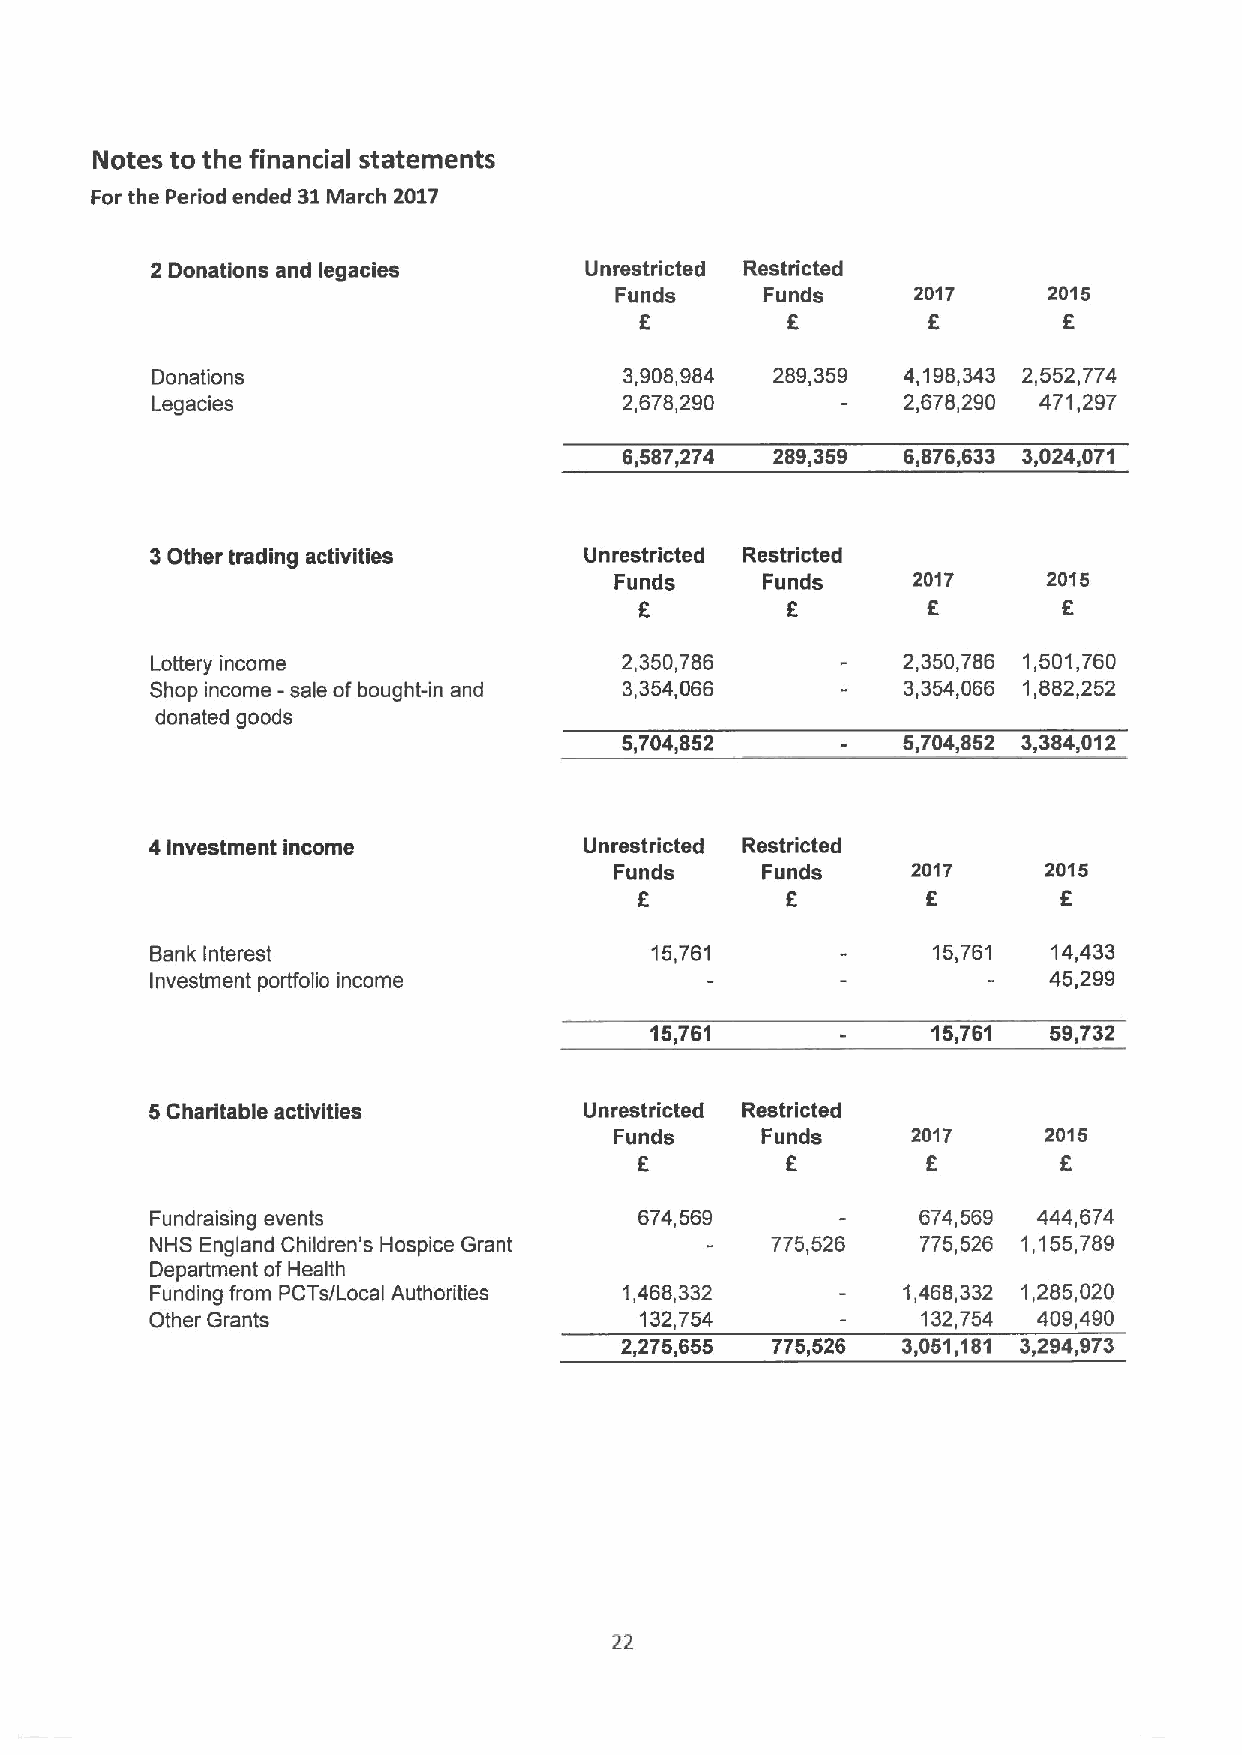
Notes to the financial statements
 For the Period ended 51March 2017
 2 Donations and legacies     Unrestricted Restricted
 Funds    Funds      2017    2015
 6         8                 6
 Donations                      3,908,984 289,359  4,198,343 2,552,774
 Legacies                       2,678,290      -   2,678,290 471,297
 6,587,274 289,359  6,876,633 3,024,071
 3Other trading activities    Unrestricted Restricted
 Funds    Funds     2017     2015
 8         F        8
 Lottery income                 2,350,786          2,350,786 1,501,760
 Shop income - sale ofbought-in and 3,354,066      3,354,066 1,882,252
 donated goods
 5,704,852          5,704,852 3,384,012
 4Investment income           Unrestricted Restricted
 Funds    Funds     2017     2015
 6                  6        8
 Bank Interest                    15,761             15,761  14,433
 Investment portfolio income                                45,299
 15,761             15,761  59,732
 5Charitable activities       Unrestricted Restricted
 Funds    Funds     2017     2015
 f
 8        F
 Fundraising events              674,569            674,569 444,674
 NHS England Children's Hospice Grant     775,526   775,526 1,155,789
 Department ofHealth
 Funding from PCTs/I ocal Authorities 1,468,332    1,468,332 1,285,020
 Other Grants                    132,754            132,754 409,490
 2,275,655 775,526  3,051,181 3,294,973
 22